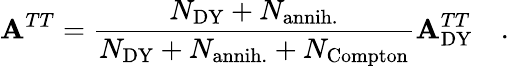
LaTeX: \mathbf{A}^{TT}=\frac{{N_{\mathrm{{DY}}}+N_{\mathrm{{annih.}}}}}{{N_{\mathrm{{DY}}}+N_{\mathrm{{annih.}}}+N_{\mathrm{{Compton}}}}}\mathbf{A}_{\mathrm{{DY}}}^{TT}\quad.